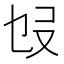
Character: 𠬫